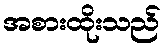
အစားထိုးသည်